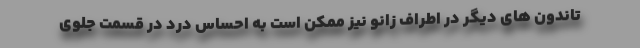
تاندون های دیگر در اطراف زانو نیز ممکن است به احساس درد در قسمت جلوی